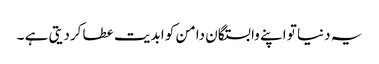
یہ دنیا تو اپنے وابستگان دامن کو ابدیت عطا کردیتی ہے ۔